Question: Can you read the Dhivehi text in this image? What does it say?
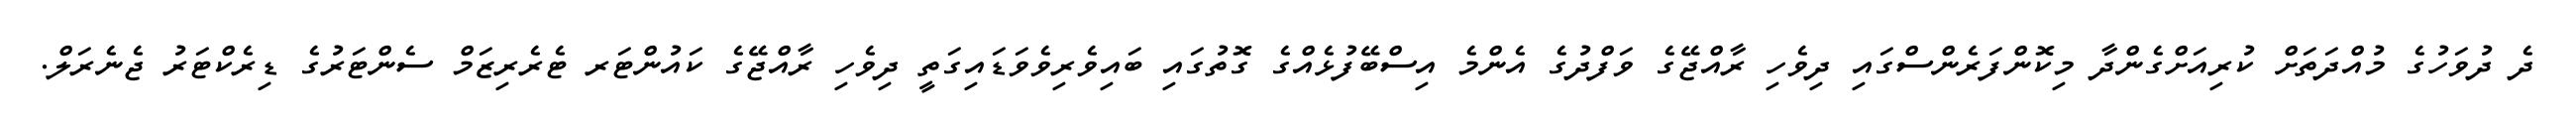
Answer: ދެ ދުވަހުގެ މުއްދަތަށް ކުރިއަށްގެންދާ މިކޮންފަރެންސްގައި ދިވެހި ރާއްޖޭގެ ވަފްދުގެ އެންމެ އިސްބޭފުޅެއްގެ ގޮތުގައި ބައިވެރިވެވަޑައިގަތީ ދިވެހި ރާއްޖޭގެ ކައުންޓަރ ޓެރެރިޒަމް ސެންޓަރުގެ ޑިރެކްޓަރު ޖެނެރަލް.